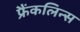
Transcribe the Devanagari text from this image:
फ्रैंकलिन्स